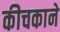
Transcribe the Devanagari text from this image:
कीचकाने